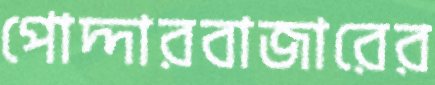
পোদ্দারবাজারের